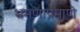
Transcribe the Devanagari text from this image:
भ्रमणाप्रमाणे